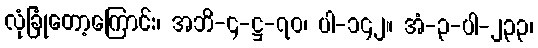
လုံခြုံတော့ကြောင်း၊ အဘိ-၄-ဋ္ဌ-၇၀၊ ပါ-၁၄၂။ အံ-၃-ပါ-၂၃၃၊